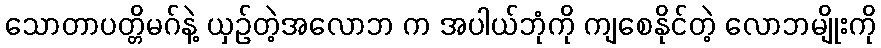
သောတာပတ္တိမဂ်နဲ့ ယှဉ်တဲ့အလောဘ က အပါယ်ဘုံကို ကျစေနိုင်တဲ့ လောဘမျိုးကို